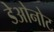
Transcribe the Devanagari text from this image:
डेओनोट